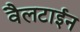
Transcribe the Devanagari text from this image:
वैलटाईन